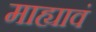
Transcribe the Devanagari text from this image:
माह्यावं